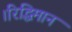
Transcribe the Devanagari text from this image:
।रिद्धिमान